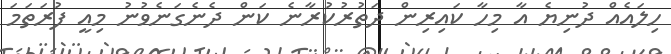
ހިލައެއް ދުނިޔެ އާ މިހާ ކައިރިން ދަތުރުކުރާނެ ކަން ދެނެގަނެވުނު މިއީ ފުރަތަމަ